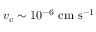
v _ { c } \sim 1 0 ^ { - 6 } \ \mathrm { c m \ s ^ { - 1 } }